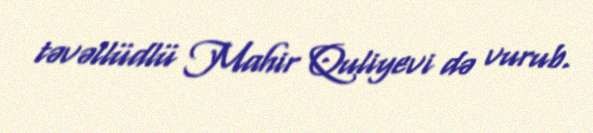
təvəllüdlü Mahir Quliyevi də vurub.